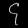
Digit: ၄